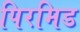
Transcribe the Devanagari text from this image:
पिरमिड